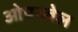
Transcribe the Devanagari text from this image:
ओपनवेल